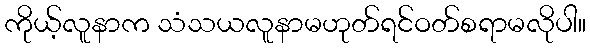
ကိုယ့်လူနာက သံသယလူနာမဟုတ်ရင်ဝတ်စရာမလိုပါ။